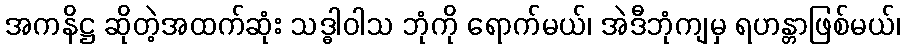
အကနိဋ္ဌ ဆိုတဲ့အထက်ဆုံး သဒ္ဓါဝါသ ဘုံကို ရောက်မယ်၊ အဲဒီဘုံကျမှ ရဟန္တာဖြစ်မယ်၊